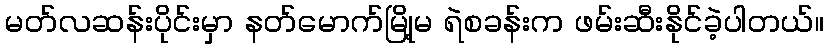
မတ်လဆန်းပိုင်းမှာ နတ်မောက်မြို့မ ရဲစခန်းက ဖမ်းဆီးနိုင်ခဲ့ပါတယ်။